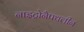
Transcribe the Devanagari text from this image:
नाइट्रोनैपथलीन